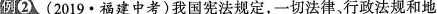
例(②(2019·福建中考)我国宪法规定，一切法律、行政法规和地